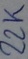
Text: 22K